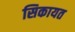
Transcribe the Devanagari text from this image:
सिकायत